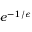
e ^ { - 1 / \epsilon }